Distribution and causation of leprosy in British India
Year: 1875
Disease focus: Leprosy
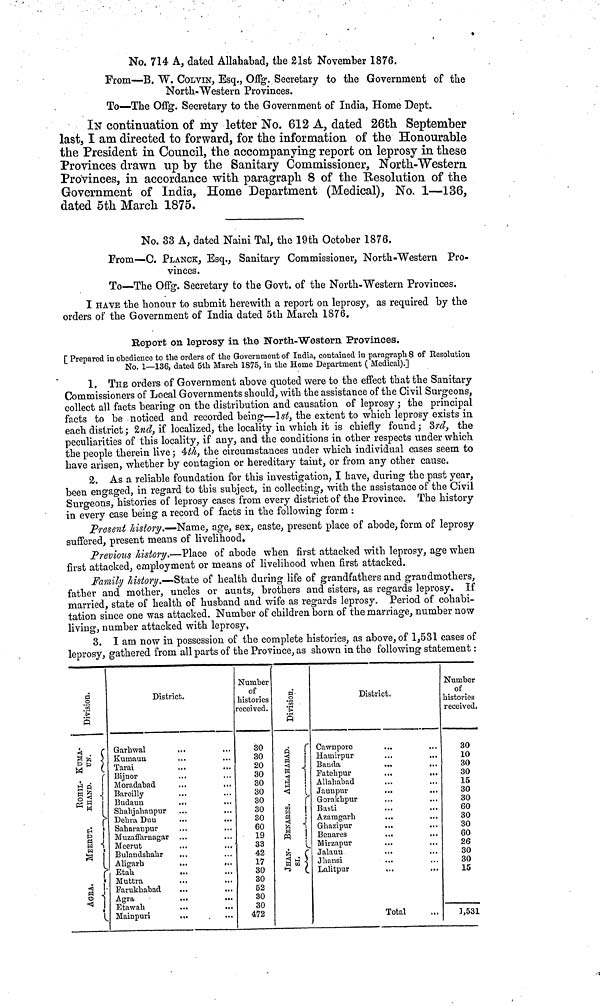
No. 714 A, dated Allahabad, the 21st November 1876.
From—B. W. COLVIN, Esq., Offg. Secretary to the Government of the
North-Western Provinces.
To—The Offg. Secretary to the Government of India, Home Dept.
IN continuation of my letter No. 612 A, dated 26th September
last, I am directed to forward, for the information of the Honourable
the President in Council, the accompanying report on leprosy in these
Provinces drawn up by the Sanitary Commissioner, North-Western
Provinces, in accordance with paragraph 8 of the Resolution of the
Government of India, Home Department (Medical), No 1—136
dated 5th March 1875.
No. 33 A, dated Naini Tal, the 19th October 1876.
From—C. PLANCK, Esq., Sanitary Commissioner, North-Western Pro-
vinces.
To—The Offg. Secretary to the Govt. of the North-Western Provinces.
I HAVE the honour to submit herewith a report on leprosy, as required by the
orders of the Government of India dated 5th March 1876.
Report on leprosy in the North-Western Provinces.
[ Prepared in obedience to the orders of the Government of India, contained in paragraph 8 of Resolution
No. 1—136, dated 5th March 1875, in the Home Department ( Medical).]
1. THE orders of Government above quoted were to the effect that the Sanitary
Commissioners of Local Governments should, with the assistance of the Civil Surgeons,
collect all facts bearing on the distribution and causation of leprosy ; the principal
facts to be noticed and recorded being—1st, the extent to which leprosy exists in
each district ; 2nd, if localized, the locality in which it is chiefly found ; 3rd, the
peculiarities of this locality, if any, and the conditions in other respects under which
the people therein live ; 4th, the circumstances under which individual cases seem to
have arisen, whether by contagion or hereditary taint, or from any other cause.
2. As a reliable foundation for this investigation, I have, during the past year,
been engaged, in regard to this subject, in collecting, with the assistance of the Civil
Surgeons, histories of leprosy cases from every district of the Province. The history
in every case being a record of facts in the following form :
Present history.—Name, age, sex, caste, present place of abode, form of leprosy
suffered, present means of livelihood.
Previous history.—Place of abode when first attacked with leprosy, age when
first attacked, employment or means of livelihood when first attacked.
Family history.—State of health during life of grandfathers and grandmothers,
father and mother, uncles or aunts, brothers and sisters, as regards leprosy. If
married, state of health of husband and wife as regards leprosy. Period of cohabi-
tation since one was attacked. Number of children born of the marriage, number now
living, number attacked with leprosy,
3. I am now in possession of the complete histories, as above, of 1,531 cases of
leprosy, gathered from all parts of the Province, as shown in the following statement :
Division
District.
Garhwal
Kumaun
Tarai
Bijnor
Moradabad
Bareilly
Budauu
Shahjahanpur
Dehra Dun
Saharanpur
Muzaffarnagar
Meerut
Bulandshahr
Aligarh
Etah
Muttra
Farukhabad
Agra
Etawah
Mainpuri
Number
of
histories
received.
30
30
20
30
30
30
30
30
30
60
19
33
42
17
30
30
52
30
30
472
Division.
District.
Cawnpore
Hamirpur
Banda
Fatehpur
Allahabad
Jaunpur
Gorakhpur
Basti
Azamgarh
Ghazipur
Benares
Mirzapur
Jalaun
J h ansi
Lalitpur
Total
Number
of
histories
received.
30
10
30
30
15
30
30
60
30
30
60
26
30
30
15
.
1,531